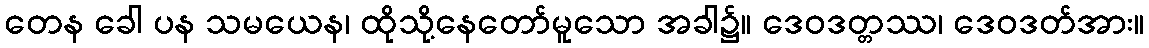
တေန ခေါ ပန သမယေန၊ ထိုသို့နေတော်မူသော အခါ၌။ ဒေဝဒတ္တဿ၊ ဒေဝဒတ်အား။